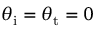
\theta _ { \mathrm { i } } = \theta _ { \mathrm { t } } = 0